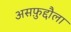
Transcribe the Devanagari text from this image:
असफ़ुद्दौला